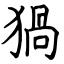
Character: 猧